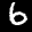
Label: 6